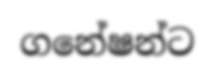
ගනේෂන්ට